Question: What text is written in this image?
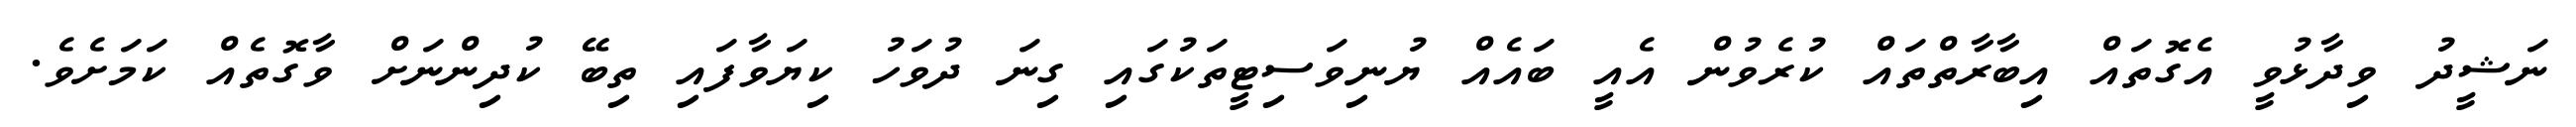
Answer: ނަޝީދު ވިދާޅުވީ އެގޮތައް އިބާރާތްތައް ކުރެވުން އެއީ ބައެއް ޔުނިވަސިޓީތަކުގައި ގިނަ ދުވަހު ކިޔަވާފައި ތިބޭ ކުދިންނަށް ވާގޮތެއް ކަމަށެވެ.